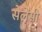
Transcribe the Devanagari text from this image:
सेलेसी